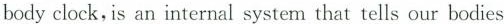
body clock,is an internal system that tells our bodies